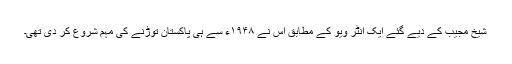
شیخ مجیب کے دیے گئے ایک انٹر ویو کے مطابق اس نے ۱۹۴۸ء سے ہی پاکستان توڑنے کی مہم شروع کر دی تھی۔